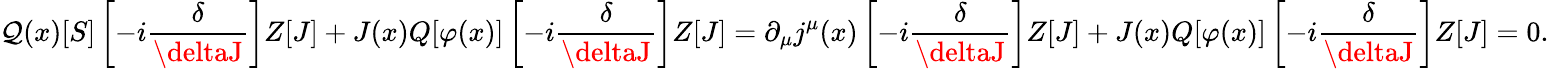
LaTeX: \mathcal{Q}(x)[S]\left[-i{\frac{{\delta}}{{\deltaJ}}}\right]Z[J]+J(x)Q[\varphi(x)]\left[-i{\frac{{\delta}}{{\deltaJ}}}\right]Z[J]=\partial_{\mu}j^{\mu}(x)\left[-i{\frac{{\delta}}{{\deltaJ}}}\right]Z[J]+J(x)Q[\varphi(x)]\left[-i{\frac{{\delta}}{{\deltaJ}}}\right]Z[J]=0.